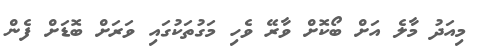
މިއަދު މާލެ އަށް ބޯކޮށް ވާރޭ ވެހި މަގުތަކުގައި ވަރަށް ބޮޑަށް ފެން